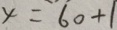
x = 6 0 + 1